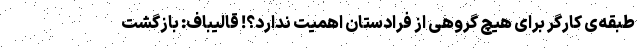
طبقه‌ی کارگر برای هیچ گروهی از فرادستان اهمیت ندارد؟! قالیباف:‌ بازگشت